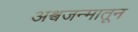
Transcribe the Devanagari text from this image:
अश्वजन्मातून